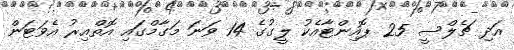
އަދި ޗެލްސީ 25 ޕޮއިންޓާއެކު ލީގުގެ 14 ވަނަ މަގާމްގައި އޮތްއިރު އެވަޓަން